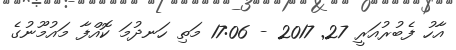
އާހު ފެބުރުއަރީ 27